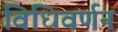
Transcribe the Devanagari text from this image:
विधिवर्णन